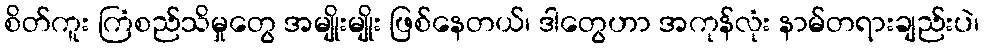
စိတ်ကူး ကြံစည်သိမှုတွေ အမျိုးမျိုး ဖြစ်နေတယ်၊ ဒါတွေဟာ အကုန်လုံး နာမ်တရားချည်းပဲ၊